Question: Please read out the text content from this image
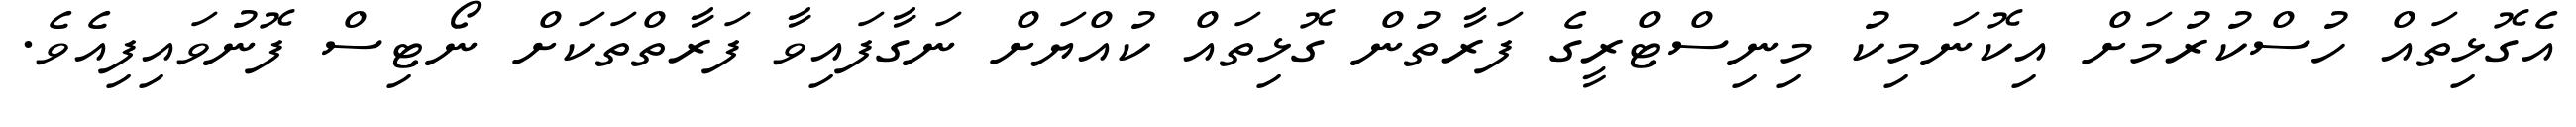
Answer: އެގޮޅިތައް ހުސްކުރުމަށް އިކޮނަމިކު މިނިސްޓްރީގެ ފަރާތުން ގޮޅިތައް ކުއްޔަށް ނަގާފައިވާ ފަރާތްތަކަށް ނޯޓިސް ފޮނުވައިފިއެވެ.